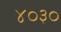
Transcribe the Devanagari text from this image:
४०३०